Calcutta medical institutions reports 1871-78
Year: 1871
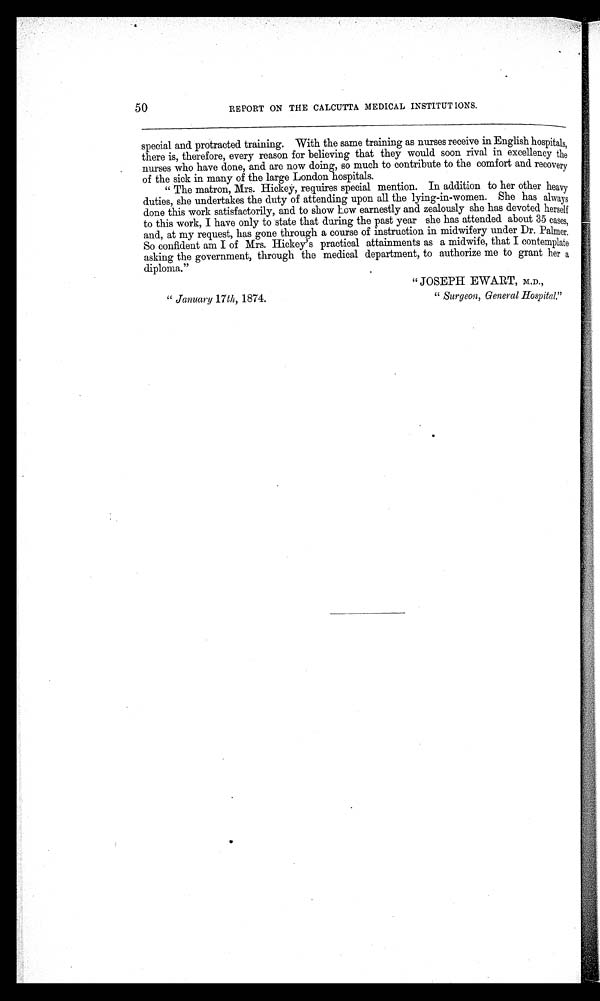
50
REPORT ON THE CALCUTTA MEDICAL INSTITUTIONS.
special and protracted training. With the same training as nurses receive in English hospitals,
there is, therefore, every reason for believing that they would soon rival in excellency the
nurses who have done, and are now doing, so much to contribute to the comfort and recovery
of the sick in many of the large London hospitals.
" The matron, Mrs. Hickey, requires special mention. In addition to her other heavy
duties, she undertakes the duty of attending upon all the lying-in-women. She has always
done this work satisfactorily, and to show how earnestly and zealously she has devoted herself
to this work, I have only to state that during the past year she has attended about 35 cases'
and, at my request, has gone through a course of instruction in midwifery under Dr. Palmer.
So confident am I of Mrs. Hickey's practical attainments as a midwife, that I contemplate
asking the government, through the medical department, to authorize me to grant her a
diploma."
" JOSEPH EWART, M.D.,
" January 17th, 1874.
" Surgeon, General Hospital."